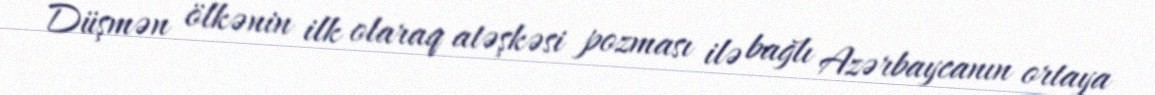
Düşmən ölkənin ilk olaraq atəşkəsi pozması ilə bağlı Azərbaycanın ortaya